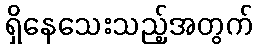
ရှိနေသေးသည့်အတွက်